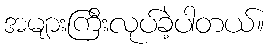
အများကြီးလုပ်ခဲ့ပါတယ်။